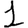
Digit: 1